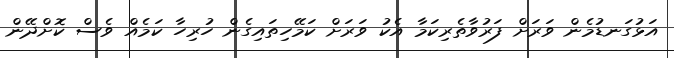
އަޅުގަނޑުމެން ވަރަށް ފަރުވާތެރިކަމާ އެކު ވަރަށް ކަމޭހިތައިގެން ހުރިހާ ކަމެއް ވެސް ކޮށްދޭން